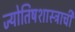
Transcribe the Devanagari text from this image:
ज्योतिषशास्त्राची